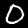
Digit: 0